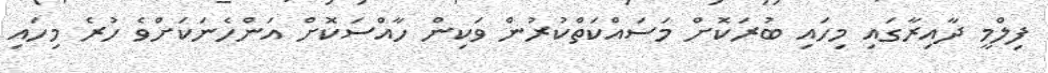
ފިލްމީ ދާއިރާގައި މިހައި ބުރަކޮށް މަސައްކަތްކުރުން ވަކިން ހާއްސަކޮށް އަންހެނަކަށްވެ ހުރެ މިހައި